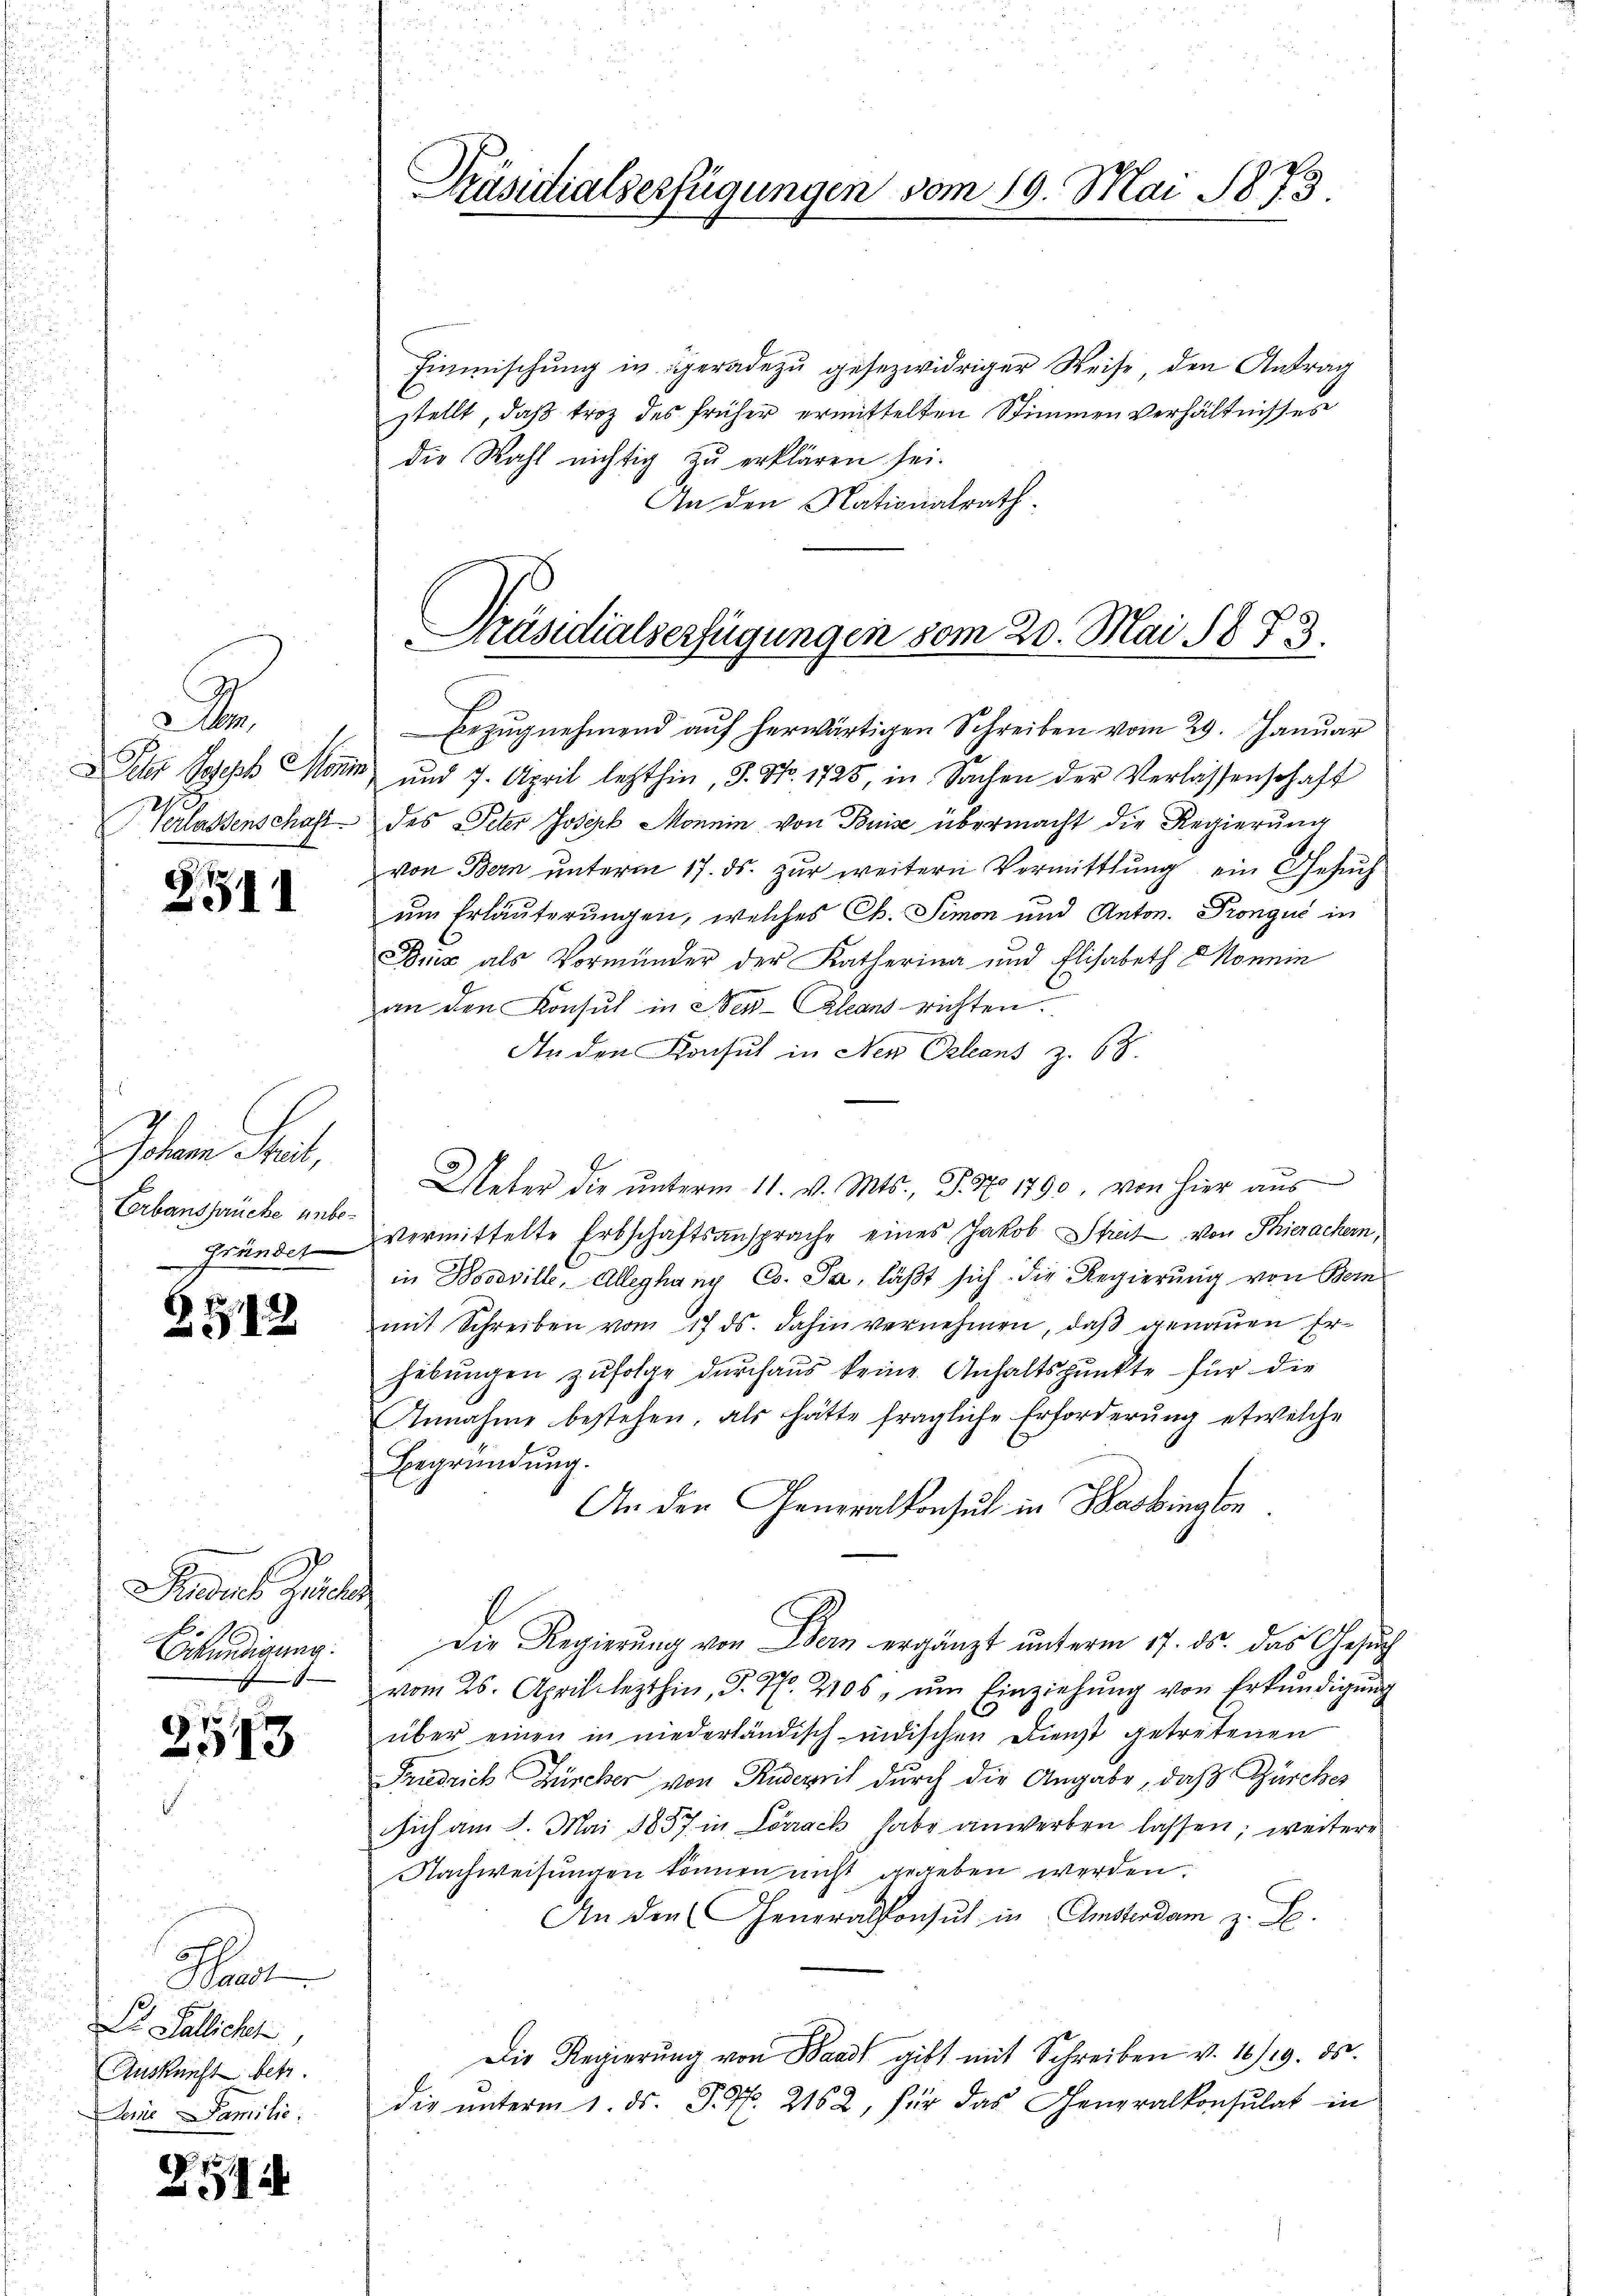
e

2511

Johann Freit,
Eerbansprüche unbem

B 512

Rades Gerich
Erkundigung.

2513

Ka
Dr. Fallichk
Auskunft betr.
Leine Familie.

2115

Einmischung in geradezu gesezwidriger Weise, den Antrag
stellt, daß troz des früher ermittelten Stimmen verhältnisses
die Wahl nichtig zu erklären sei.
An den Nationalrath.
Bezŭgnehmend aŭf herwärtigen Schreiben vom 29. Januar
Ihr Joseph Marin und 7. April letzthin, S. Nr. 1725, in Sachen der Verlassenschaft
Verlassenschaft des Peter Joseph Monnin von Buise übermacht die Regierŭng
von Bern unterm 17. ds. zur weitern Vermittlung ein Gesuch
um Erläuterungen, welches Ch. Simon und Anton. Prongue in
Bez als Vormünder der Katherina und Elisabeth Monnin
an den Konsul in Neu-Aleans richten.
An den Konsul in Neu Orleans z. 68.
Ueber die ŭnterm 11. v. Mts., S. No 1790, von hier aŭs
Fränder vermittelte Erbschaftsansprache eines Jakob Streit von Thieracher
in Doceville, Alleghang Co. Ja, läßt sich die Regierung von Bern
mit Schreiben vom 17. ds. dahin vernehmen, daß genauen Erhebŭngen zufolge durchaus keine Anhaltspunkte für die
Annahme bestehen, als hätte fragliche Erforderung etwelche
Begründung.
An den Generalkonsul in Basbinglen
Die Regierung von Bern ergänzt unterm 17. ds. das Gesuc
 vom 26. April lezthin, S. 77. 2106, ŭm Einziehŭng von Erkŭndigŭng
über einen in niederländisch-indischen Dienst getretenen
Fridrich Zürcher von Ruderrit durch die Angabe, daß Zürcher
sich am 8. Mai 1857 in Lörrack habe anwerben lassen; weitere
Nachweisungen können nicht gegeben werden.
An den Generalkonsul in Amsterdam z. B.
Die Regierŭng von Waadt gibt mit Schreiben v. 10/19. ds.
die ŭnterm 1. ds. J. N. 2162, für das Generalkonsulat in

Präsidialserfügungen vom 19. Mai 1873.

Präsidialserfügungen vom 20. Mai 1873.